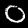
Digit: 0